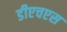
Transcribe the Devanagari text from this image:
डीएचएस